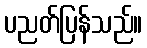
ပညတ်ပြန်သည်။